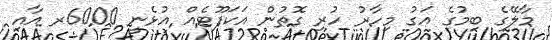
މާލޭގެ ބިމުގެ އަގު މިހާރު ހުރި ގޮތުން އަކަފޫޓެއް އުޅެނީ 6000ރ އާއި